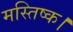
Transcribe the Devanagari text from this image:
मस्तिष्क।